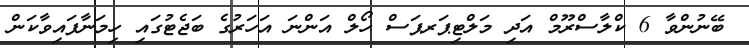
ބޭނުންވާ 6 ކްލާސްރޫމް އަދި މަލްޓިޕަރޕަސް ހޯލް އަންނަ އަހަރުގެ ބަޖެޓުގައި ހިމަނާފައިވާކަން